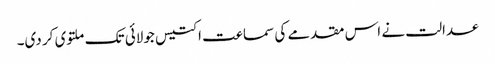
عدالت نے اس مقدمے کی سماعت اکتیس جولائی تک ملتوی کر دی۔